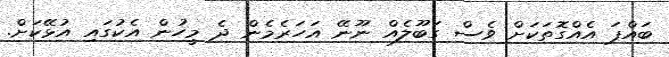
ބައްޕަ އެއްގޮތަކަށް ވެސް ގަބޫލެއް ނޫނޭ އަހަރެމެން ދެ މީހުން އެކުގައި އުޅޭކަށް.